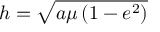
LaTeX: h = { \sqrt { a \mu \left( 1 - e ^ { 2 } \right) } }